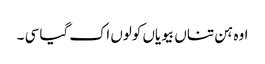
اوہ ہن تناں بیویاں کولوں اک گیا سی ۔